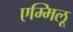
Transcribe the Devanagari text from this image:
एम्मिलू